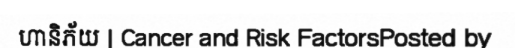
ហានិភ័យ | Cancer and Risk FactorsPosted by